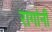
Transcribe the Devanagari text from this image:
रागांनी